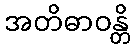
အတိဓာဝန္တိ